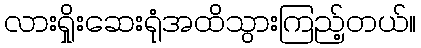
လားရှိုးဆေးရုံအထိသွားကြည့်တယ်။